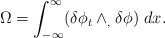
\begin{align*}\Omega=\int_{-\infty}\sp{\infty}(\delta \phi_{t}\wedge_{,}\delta \phi)\hspace{.05in}dx.\end{align*}